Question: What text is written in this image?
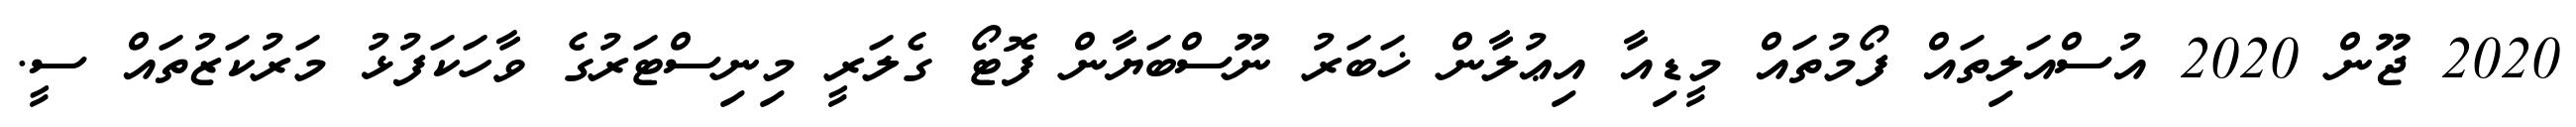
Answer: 2020 ޖޫން 2020 އުސްއަލިތައް ފޯމުތައް މީޑިއާ އިޢުލާން ޚަބަރު ނޫސްބަޔާން ފޮޓޯ ގެލަރީ މިނިސްޓަރުގެ ވާހަކަފުޅު މަރުކަޒުތައް ސީ.